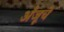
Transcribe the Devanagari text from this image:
अँजूचे